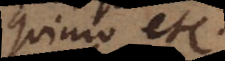
quinio etc.